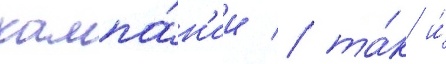
кампа́н'ии / та́к и́